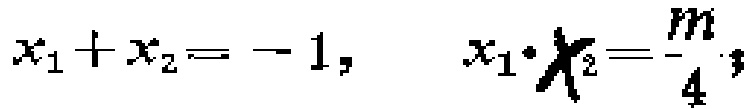
$x_{1}+x_{2}=-1,\ \ \ x_{1}\cdot x_{2}=\frac{m}{4};$